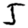
Digit: 5